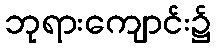
ဘုရားကျောင်း၌